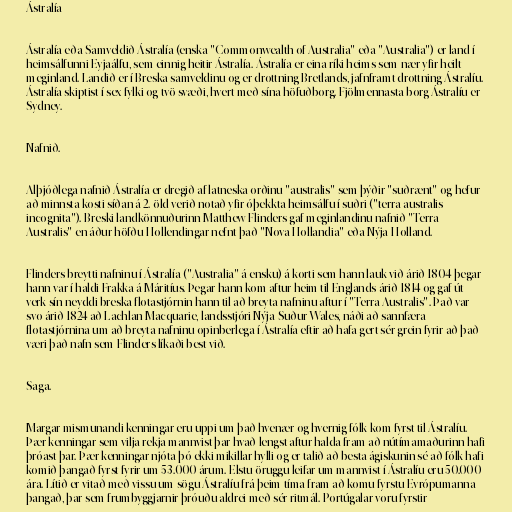
Ástralía

Ástralía eða Samveldið Ástralía (enska "Commonwealth of Australia" eða "Australia") er land í
heimsálfunni Eyjaálfu, sem einnig heitir Ástralía. Ástralía er eina ríki heims sem nær yfir heilt
meginland. Landið er í Breska samveldinu og er drottning Bretlands, jafnframt drottning Ástralíu.
Ástralía skiptist í sex fylki og tvö svæði, hvert með sína höfuðborg. Fjölmennasta borg Ástralíu er
Sydney.

Nafnið.

Alþjóðlega nafnið Ástralía er dregið af latneska orðinu "australis" sem þýðir "suðrænt" og hefur
að minnsta kosti síðan á 2. öld verið notað yfir óþekkta heimsálfu í suðri ("terra australis
incognita"). Breski landkönnuðurinn Matthew Flinders gaf meginlandinu nafnið "Terra
Australis" en áður höfðu Hollendingar nefnt það "Nova Hollandia" eða Nýja-Holland.

Flinders breytti nafninu í Ástralía ("Australia" á ensku) á korti sem hann lauk við árið 1804 þegar
hann var í haldi Frakka á Máritíus. Þegar hann kom aftur heim til Englands árið 1814 og gaf út
verk sín neyddi breska flotastjórnin hann til að breyta nafninu aftur í "Terra Australis". Það var
svo árið 1824 að Lachlan Macquarie, landsstjóri Nýja-Suður-Wales, náði að sannfæra
flotastjórnina um að breyta nafninu opinberlega í Ástralía eftir að hafa gert sér grein fyrir að það
væri það nafn sem Flinders líkaði best við.

Saga.

Margar mismunandi kenningar eru uppi um það hvenær og hvernig fólk kom fyrst til Ástralíu.
Þær kenningar sem vilja rekja mannvist þar hvað lengst aftur halda fram að nútímamaðurinn hafi
þróast þar. Þær kenningar njóta þó ekki mikillar hylli og er talið að besta ágiskunin sé að fólk hafi
komið þangað fyrst fyrir um 53.000 árum. Elstu öruggu leifar um mannvist í Ástralíu eru 50.000
ára. Lítið er vitað með vissu um sögu Ástralíu frá þeim tíma fram að komu fyrstu Evrópumanna
þangað, þar sem frumbyggjarnir þróuðu aldrei með sér ritmál. Portúgalar voru fyrstir